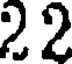
22